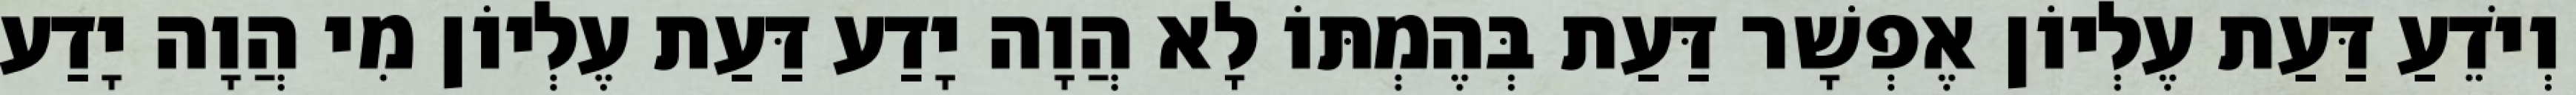
וְיֹדֵעַ דַּעַת עֶלְיוֹן אֶפְשָׁר דַּעַת בְּהֶמְתּוֹ לָא הֲוָה יָדַע דַּעַת עֶלְיוֹן מִי הֲוָה יָדַע